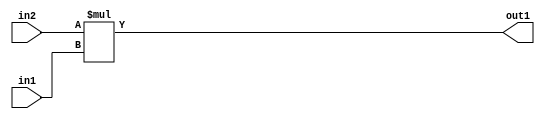
`timescale 1ps / 1ps
/*****************************************************************************
    Verilog RTL Description
    
    
    Created by: Stratus DpOpt 2019.1.01 
*******************************************************************************/

module DC_Filter_Mul_9Ux4U_12U_1 (
	in2,
	in1,
	out1
	); /* architecture "behavioural" */ 
input [8:0] in2;
input [3:0] in1;
output [11:0] out1;
wire [11:0] asc001;

assign asc001 = 
	+(in2 * in1);

assign out1 = asc001;
endmodule

/* CADENCE  ubD4Qwo= : u9/ySgnWtBlWxVPRXgAZ4Og= ** DO NOT EDIT THIS LINE ******/